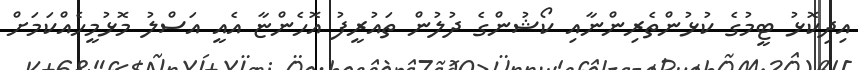
އިދިކޮޅު ޓީމުގެ ކުޅުންތެރިންނާއި ކޯޝުންގެ ދުލުން ތައުރީފު އޮހެންޏާ އެއީ އަސްލު މޮޅުމީހެއްކަމަށް